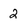
Character: 2